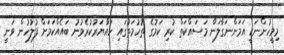
މިމީހުންނަކީ އަމަންނަގާލަން މަސައްކަތް ކުރި ކަމުގެ ތުހުމަތުގައި ހައްުޔަރުކުރެވުނު ބައެއްކަމަށް ފުލުހުން ވަނީ